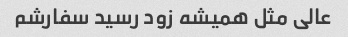
عالی مثل همیشه زود رسید سفارشم